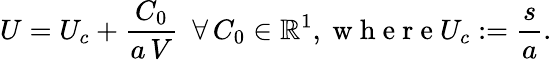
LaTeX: U=U_{c}+\frac{C_{0}}{a\, V}\ \ \forall\, C_{0}\in\mathbb{R}^{1},\mathrm{~w~h~e~r~e~}U_{c}:=\frac{s}{a}.